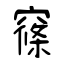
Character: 窱